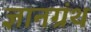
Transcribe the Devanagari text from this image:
ज्ञानग्रंथ